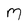
Character: M